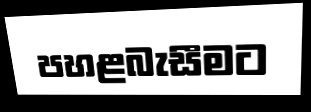
පහළබැසීමට